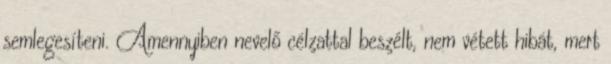
semlegesíteni. Amennyiben nevelő célzattal beszélt, nem vétett hibát, mert